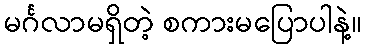
မင်္ဂလာမရှိတဲ့ စကားမပြောပါနဲ့။